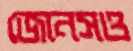
জোনসও